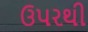
ઉપરથી